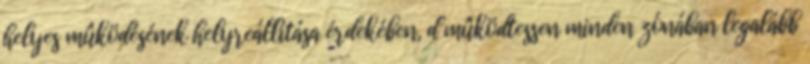
helyes mûködésének helyreállítása érdekében, d mûködtessen minden zónában legalább